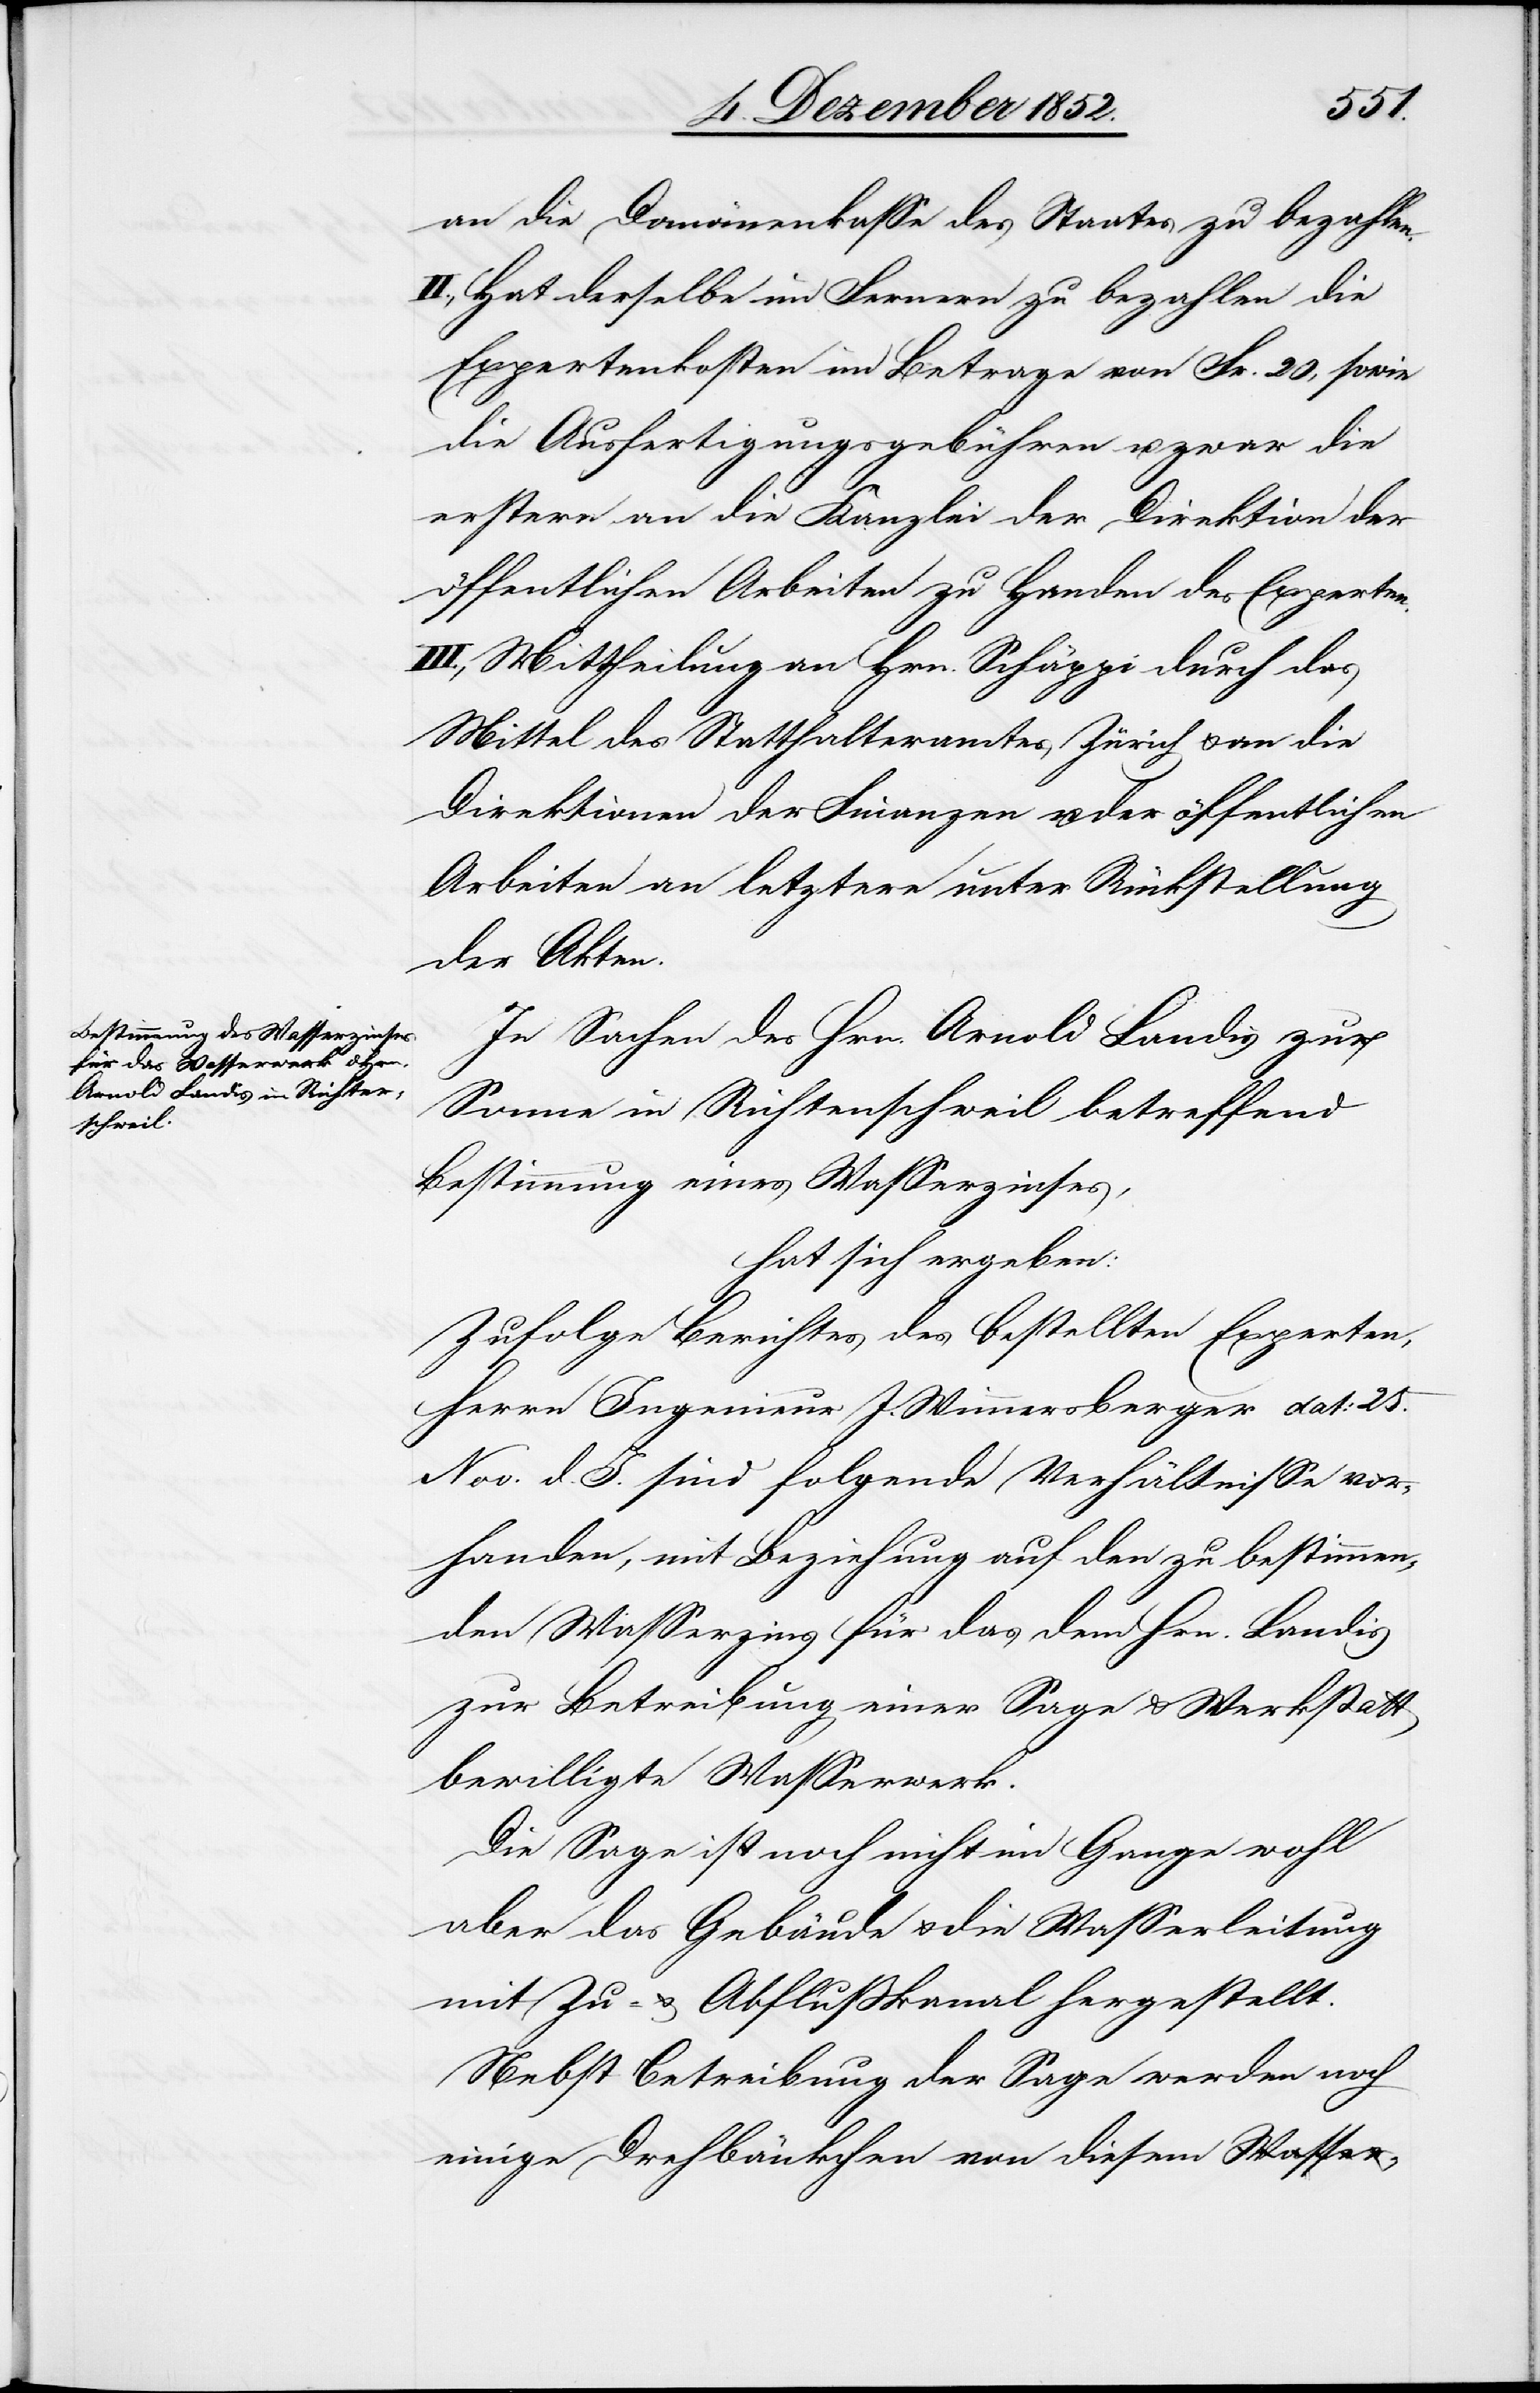
an die Domänenkasse des Staates zu bezahlen.
II., Hat derselbe im Fernern zu bezahlen die
Expertenkosten im Betrage von Fr. 20, sowie
die Ausfertigungsgebühren u. zwar die
erstern an die Kanzlei der Direktion der
öffentlichen Arbeiten zu Handen des Experten.
III., Mittheilung an Hrn. Schäppi durch das
Mittel des Statthalteramtes Zürich & an die
Direktionen der Finanzen u. der öffentlichen
Arbeiten an letztere unter Rückstellung
der Akten.
In Sachen des Hrn. Arnold Landis zur
Sonne in Richtenschweil betreffend
Bestimmung eines Wasserzinses,
hat sich ergeben:
Zufolge Berichtes des bestellten Experten,
Herrn Ingenieur J. Wimmersberger dat: 25.
Nov. d. J. sind folgende Verhältnisse vor¬
handen, mit Beziehung auf den zu bestimmen¬
den Wasserzins für das dem Hrn. Landis
zur Betreibung einer Sage & Werkstatt
bewilligte Wasserwerk.
Die Sage ist noch nicht im Gange wohl
aber das Gebäude & die Wasserleitung
mit Zu- & Abflußkanal hergestellt.
Nebst Betreibung der Sage werden noch